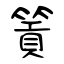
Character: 篢